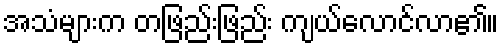
အသံများက တဖြည်းဖြည်း ကျယ်လောင်လာ၏။